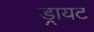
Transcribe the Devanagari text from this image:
ड्रायट